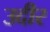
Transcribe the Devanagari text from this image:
उदीर